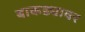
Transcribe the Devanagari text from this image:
बाकड्यावर